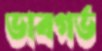
ভাবগর্ভ